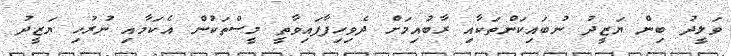
ވަލީދު ބިން ޔަޒީދު ނުބައިކަންތަކާއި ރާބުއިމަށް ދެވިހިފާފައިވާތީ މީސްތަކުން އެކަމާއި ނުރުހި ޔަޒީދު